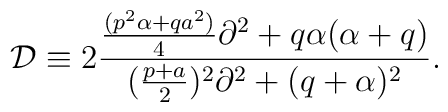
{\cal D}\equiv2{{{{(p^2\alpha+qa^2)}\over 4}\partial^2+q\alpha (\alpha+q)}\over{({{p+a}\over 2})^2\partial^2+(q+\alpha )^2}}.